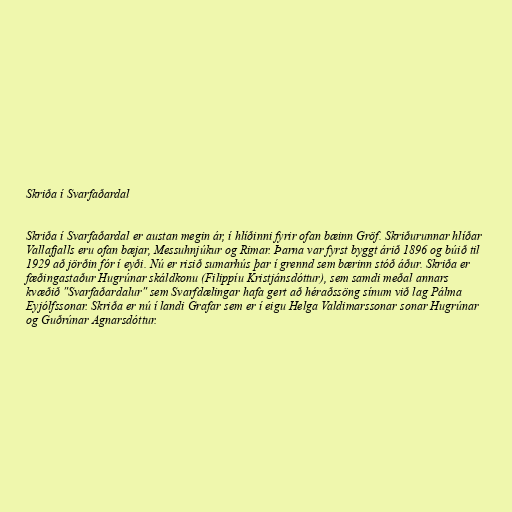
Skriða í Svarfaðardal

Skriða í Svarfaðardal er austan megin ár, í hlíðinni fyrir ofan bæinn Gröf. Skriðurunnar hlíðar
Vallafjalls eru ofan bæjar, Messuhnjúkur og Rimar. Þarna var fyrst byggt árið 1896 og búið til
1929 að jörðin fór í eyði. Nú er risið sumarhús þar í grennd sem bærinn stóð áður. Skriða er
fæðingastaður Hugrúnar skáldkonu (Filippíu Kristjánsdóttur), sem samdi meðal annars
kvæðið "Svarfaðardalur" sem Svarfdælingar hafa gert að héraðssöng sínum við lag Pálma
Eyjólfssonar. Skriða er nú í landi Grafar sem er í eigu Helga Valdimarssonar sonar Hugrúnar
og Guðrúnar Agnarsdóttur.